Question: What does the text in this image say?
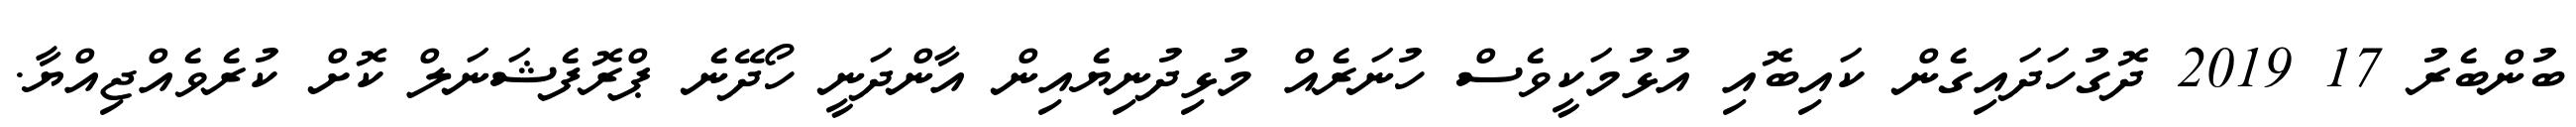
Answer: ބުންބެރު 17 2019 ދޮގުހަދައިގެން ކައިބޮއި އުޅުމަކީވެސް ހުނަރެއް މުޅިދުނިޔެއިން އާންދަނީ ހޯދޭނެ ޕްރޮފެޝަނަލް ކޮށް ކުރެވެއްޖިއްޔާ.